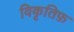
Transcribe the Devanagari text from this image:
विकृतिफ़